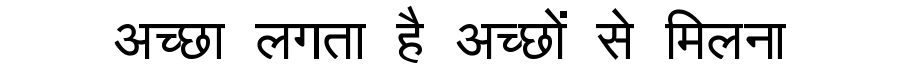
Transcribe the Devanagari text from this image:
अच्छा लगता है अच्छों से मिलना